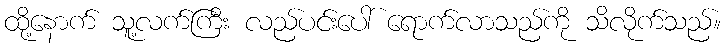
ထို့နောက် သူ့လက်ကြီး လည်ပင်းပေါ် ရောက်လာသည်ကို သိလိုက်သည်။